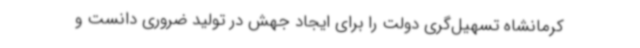
کرمانشاه تسهیل‌گری دولت را برای ایجاد جهش در تولید ضروری دانست و